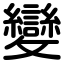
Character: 變